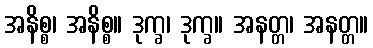
အနိစ္စ၊ အနိစ္စ။ ဒုက္ခ၊ ဒုက္ခ။ အနတ္တ၊ အနတ္တ။